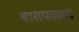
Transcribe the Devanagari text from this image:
थारापक्कम